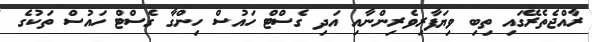
ރާއްޖެތެރޭގައި ތިބި ވިޔަފާރިވެރިންނާއި އަދި ގެސްޓް ހައުސް ހިންގާ ގެސްޓް ހައުސް ތަކުގެ